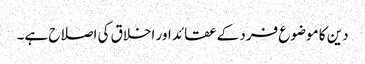
دین کا موضوع فرد کے عقائد اور اخلاق کی اصلاح ہے۔